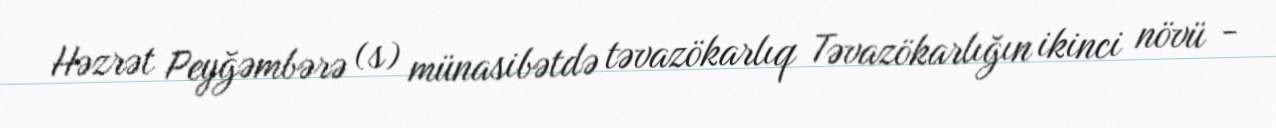
Həzrət Peyğəmbərə (s) münasibətdə təvazökarlıq Təvazökarlığın ikinci növü -